Report of the Indian Hemp Drugs Commission, 1894-1895 - Volume I
Year: 1894
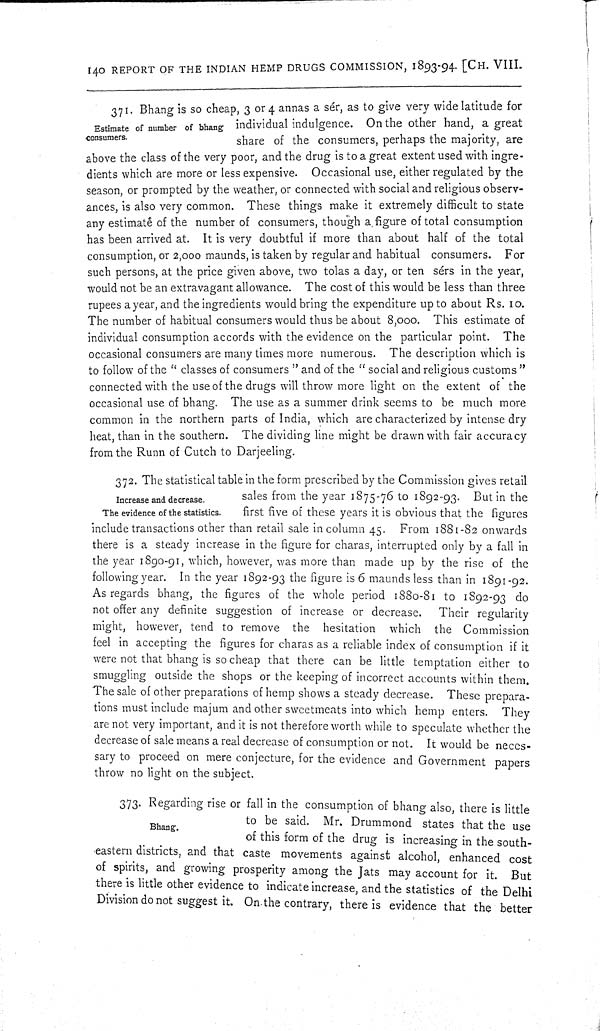
140 REPORT OF THE INDIAN HEMP DRUGS COMMISSION, 1893-94. [CH. VIII.
Estimate of number of bhang
consumers.
371. Bhang is so cheap, 3 or 4 annas a sér, as to give very wide latitude for
individual indulgence. On the other hand, a great
share of the consumers, perhaps the majority, are
above the class of the very poor, and the drug is to a great extent used with ingre-
dients which are more or less expensive. Occasional use, either regulated by the
season, or prompted by the weather, or connected with social and religious observ-
ances, is also very common. These things make it extremely difficult to state
any estimate of the number of consumers, though a figure of total consumption
has been arrived at. It is very doubtful if more than about half of the total
consumption, or 2,000 maunds, is taken by regular and habitual consumers. For
such persons, at the price given above, two tolas a day, or ten sérs in the year,
would not be an extravagant allowance. The cost of this would be less than three
rupees a year, and the ingredients would bring the expenditure up to about Rs. 10.
The number of habitual consumers would thus be about 8,000. This estimate of
individual consumption accords with the evidence on the particular point. The
occasional consumers are many times more numerous. The description which is
to follow of the "classes of consumers" and of the "social and religious customs"
connected with the use of the drugs will throw more light on the extent of the
occasional use of bhang. The use as a summer drink seems to be much more
common in the northern parts of India, which are characterized by intense dry
heat, than in the southern. The dividing line might be drawn with fair accuracy
from the Runn of Cutch to Darjeeling.
Increase and decrease.
The evidence of the statistics.
372. The statistical table in the form prescribed by the Commission gives retail
sales from the year 1875-76 to 1892-93. But in the
first five of these years it is obvious that the figures
include transactions other than retail sale in column 45. From 1881-82 onwards
there is a steady increase in the figure for charas, interrupted only by a fall in
the year 1890-91, which, however, was more than made up by the rise of the
following year. In the year 1892-93 the figure is 6 maunds less than in 1891-92.
As regards bhang, the figures of the whole period 1880-81 to 1892-93 do
not offer any definite suggestion of increase or decrease. Their regularity
might, however, tend to remove the hesitation which the Commission
feel in accepting the figures for charas as a reliable index of consumption if it
were not that bhang is so cheap that there can be little temptation either to
smuggling outside the shops or the keeping of incorrect accounts within them.
The sale of other preparations of hemp shows a steady decrease. These prepara-
tions must include majum and other sweetmeats into which hemp enters. They
are not very important, and it is not therefore worth while to speculate whether the
decrease of sale means a real decrease of consumption or not. It would be neces-
sary to proceed on mere conjecture, for the evidence and Government papers
throw no light on the subject.
Bhang.
373. Regarding rise or fall in the consumption of bhang also, there is little
to be said. Mr. Drummond states that the use
of this form of the drug is increasing in the south-
eastern districts, and that caste movements against alcohol, enhanced cost
of spirits, and growing prosperity among the Jats may account for it. But
there is little other evidence to indicate increase, and the statistics of the Delhi
Division do not suggest it. On the contrary, there is evidence that the better